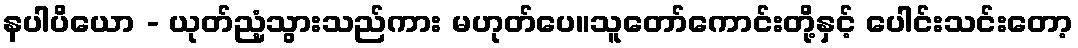
နပါပိယော - ယုတ်ညံ့သွားသည်ကား မဟုတ်ပေ။သူတော်ကောင်းတို့နှင့် ပေါင်းသင်းတော့